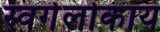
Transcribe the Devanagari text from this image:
स्वर्गलोकाय